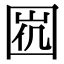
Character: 𡇩